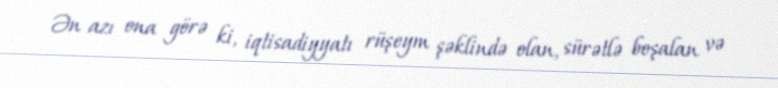
Ən azı ona görə ki, iqtisadiyyatı rüşeym şəklində olan, sürətlə boşalan və